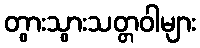
တွားသွားသတ္တဝါများ